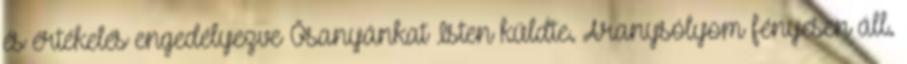
és értékelés engedélyezve Ősanyánkat Isten küldte. Aranysólyom fényesen áll.